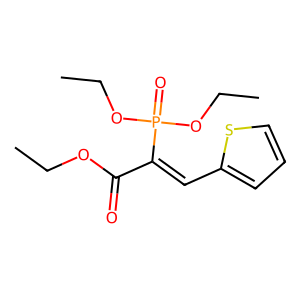
SMILES: CCOC(=O)C(=Cc1cccs1)P(=O)(OCC)OCC
Inhibits HIV replication: No